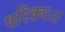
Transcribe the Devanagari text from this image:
परिकरः।।